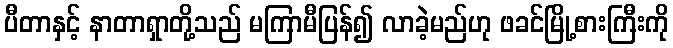
ပီတာနှင့် နာတာရှာတို့သည် မကြာမီပြန်၍ လာခဲ့မည်ဟု ဖခင်မြို့စားကြီးကို